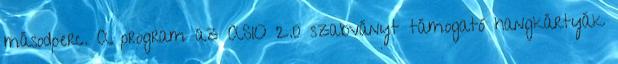
másodperc. A program az ASIO 2.0 szabványt támogató hangkártyák